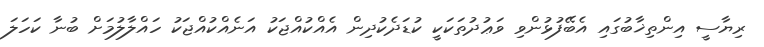
ރިޔާސީ އިންތިޚާބުގައި އެބޭފުޅުންވި ވަޢުދުތަކަކީ ކުޑަދެކުދިން އެއްކުއްޖަކު އަނެއްކުއްޖަކު ހައްލާލުމަށް ބުނާ ކަހަލަ